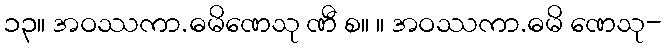
၁၃။ အဝဿကာ.ဓမိဏေသု ဏီ စ။ ။ အဝဿကာ.ဓမိ ဏေသု-